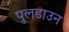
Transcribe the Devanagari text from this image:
पुलडाउन